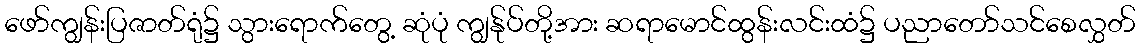
ဖော်ကျွန်းပြဇာတ်ရုံ၌ သွားရောက်တွေ့ ဆုံပုံ ကျွန်ုပ်တို့အား ဆရာမောင်ထွန်းလင်းထံ၌ ပညာတော်သင်စေလွှတ်